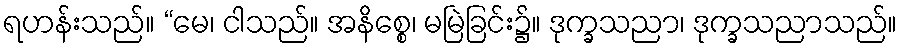
ရဟန်းသည်။ “မေ၊ ငါသည်။ အနိစ္စေ၊ မမြဲခြင်း၌။ ဒုက္ခသညာ၊ ဒုက္ခသညာသည်။